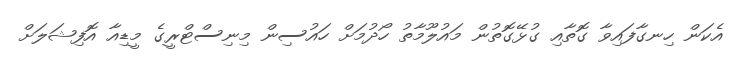
އެކަން ހިނގާފައިވާ ގޮތާއި ގުޅޭގޮތުން މައުލޫމާތު ހޯދުމަށް ހައުސިން މިނިސްޓްރީގެ މީޑިއާ އޮފިޝަލަށް